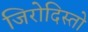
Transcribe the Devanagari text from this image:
जिरोदिस्तो